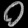
Digit: ၀